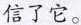
信了它。